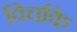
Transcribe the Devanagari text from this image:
विचकि